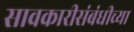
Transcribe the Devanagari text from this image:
सावकारीसंबंधीच्या